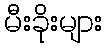
မီးခိုးများ